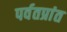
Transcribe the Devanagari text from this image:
पर्वतप्रांत